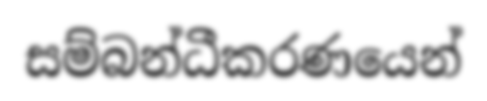
සම්බන්ධීකරණයෙන්